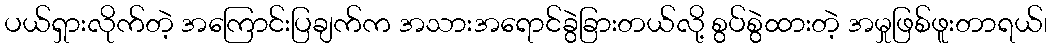
ပယ်ရှားလိုက်တဲ့ အကြောင်းပြချက်က အသားအရောင်ခွဲခြားတယ်လို့ စွပ်စွဲထားတဲ့ အမှုဖြစ်ဖူးတာရယ်၊